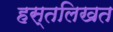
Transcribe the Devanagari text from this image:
हस्तलिखत